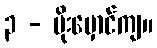
၃ - မိုးမှောင်ကျ။